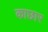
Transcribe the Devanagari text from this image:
काछार